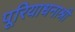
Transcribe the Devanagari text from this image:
पूरियाधनाश्री